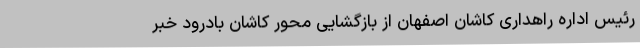
رئیس اداره راهداری کاشان اصفهان از بازگشایی محور کاشان بادرود خبر